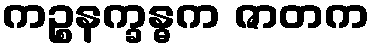
ကဉ္စနက္ခန္ဓက ဇာတက